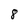
Character: 8